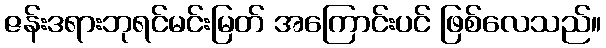
ဇန်းဒရားဘုရင်မင်းမြတ် အကြောင်းပင် ဖြစ်လေသည်။